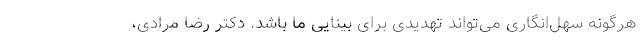
هرگونه سهل‌انگاری می‌تواند تهدیدی برای بینایی ما باشد. دکتر رضا مرادی،